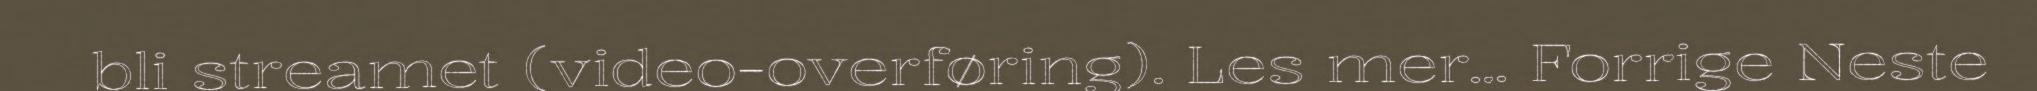
bli streamet (video-overføring). Les mer... Forrige Neste